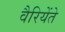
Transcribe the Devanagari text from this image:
वैरियेंते